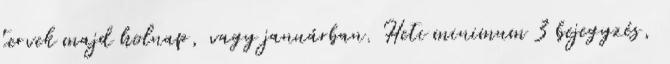
tervek majd holnap, vagy januárban. Heti minimum 3 bejegyzés,